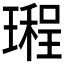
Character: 𤩏